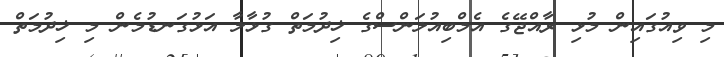
މި ވިއުގައިން މުޅި ރާއްޖޭގެ އެމްބިއުލަންސްގެ ޚިދުމަތް ގުޅާލާ އަޅުގަނޑުމެން މި ޚިދުމަތް